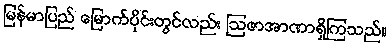
မြန်မာပြည် မြောက်ပိုင်းတွင်လည်း ဩဇာအာဏာရှိကြသည်။